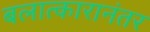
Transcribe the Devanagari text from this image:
बलात्कारानंतर